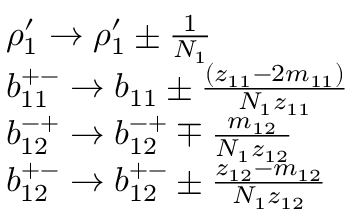
\begin{array} { r l } & { \rho _ { 1 } ^ { \prime } \rightarrow \rho _ { 1 } ^ { \prime } \pm \frac { 1 } { N _ { 1 } } } \\ & { b _ { 1 1 } ^ { + - } \rightarrow b _ { 1 1 } \pm \frac { ( z _ { 1 1 } - 2 m _ { 1 1 } ) } { N _ { 1 } z _ { 1 1 } } } \\ & { b _ { 1 2 } ^ { - + } \rightarrow b _ { 1 2 } ^ { - + } \mp \frac { m _ { 1 2 } } { N _ { 1 } z _ { 1 2 } } } \\ & { b _ { 1 2 } ^ { + - } \rightarrow b _ { 1 2 } ^ { + - } \pm \frac { z _ { 1 2 } - m _ { 1 2 } } { N _ { 1 } z _ { 1 2 } } } \end{array}